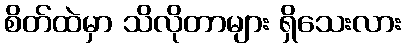
စိတ်ထဲမှာ သိလိုတာများ ရှိသေးလား